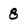
Character: 8